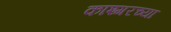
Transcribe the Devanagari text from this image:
काश्गरच्या